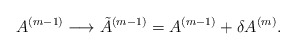
\begin{align*}A^{(m-1)} \longrightarrow {\tilde{A}}^{(m-1)}=A^{(m-1)} + {\delta A^{(m)}}. \end{align*}